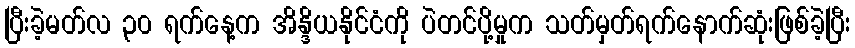
ပြီးခဲ့မတ်လ ၃၀ ရက်နေ့က အိန္ဒိယနိုင်ငံကို ပဲတင်ပို့မှုက သတ်မှတ်ရက်နောက်ဆုံးဖြစ်ခဲ့ပြီး